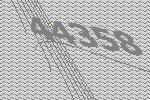
44358